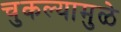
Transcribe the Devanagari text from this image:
चुकल्यामुळे